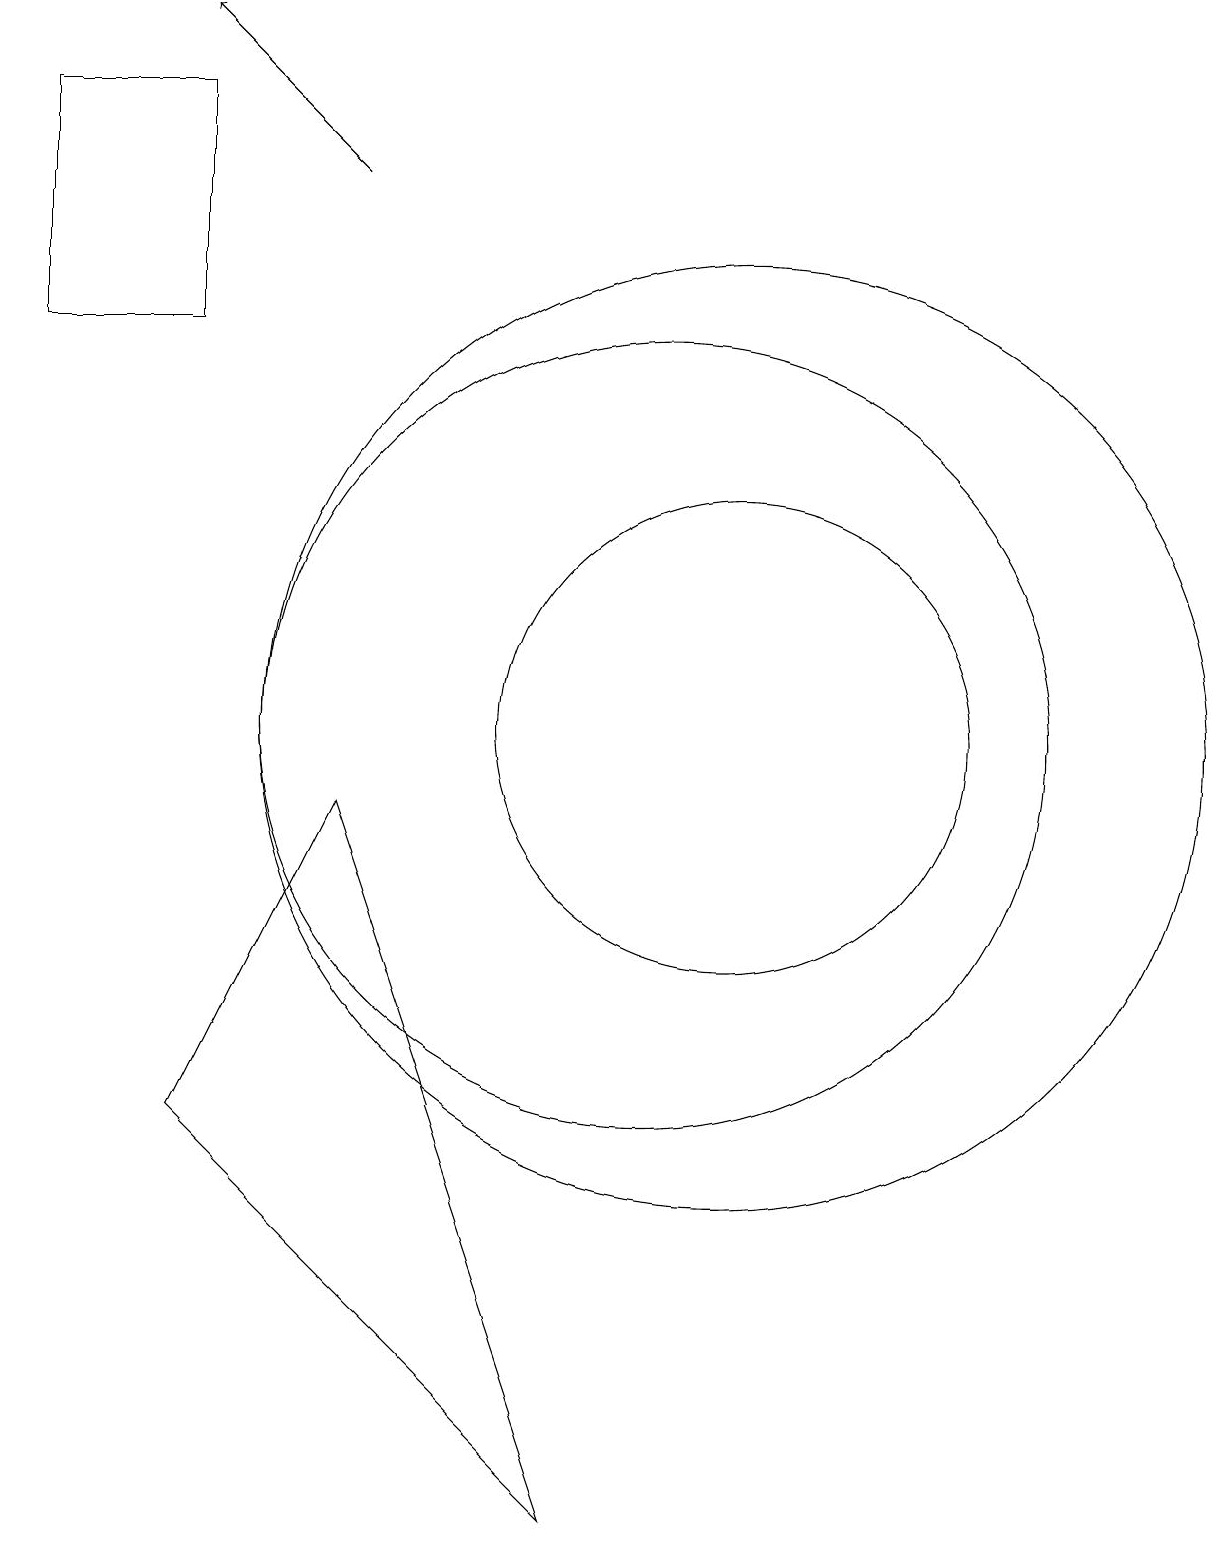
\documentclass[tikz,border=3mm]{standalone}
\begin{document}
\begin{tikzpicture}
\draw (11,10) circle (3);
\draw[->] (6,17) -- (4,19);
\draw (2,18) rectangle (4,15);
\draw (11,10) circle (6);
\draw (4,5) -- (9,0) -- (6,9) -- cycle;
\draw (10,10) circle (5);
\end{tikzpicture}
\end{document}